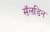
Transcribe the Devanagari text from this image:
सॅलडिन